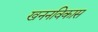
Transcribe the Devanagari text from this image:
खननविकास